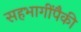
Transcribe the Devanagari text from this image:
सहभागींपैकी